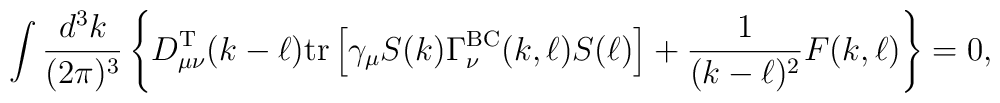
\int \frac{d^3k}{(2 \pi)^3} \left\{D_{\mu \nu}^{\rm T}(k - \ell)   {\rm tr}\left[\gamma_\mu S(k) \Gamma_\nu^{\rm BC}(k,\ell) S(\ell)\right] + \frac{1}{(k - \ell)^2} F(k,\ell) \right\}= 0,